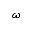
\omega